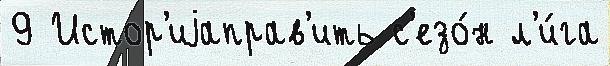
9 Истор'иjаправ'ить с'езо́н л'и́га